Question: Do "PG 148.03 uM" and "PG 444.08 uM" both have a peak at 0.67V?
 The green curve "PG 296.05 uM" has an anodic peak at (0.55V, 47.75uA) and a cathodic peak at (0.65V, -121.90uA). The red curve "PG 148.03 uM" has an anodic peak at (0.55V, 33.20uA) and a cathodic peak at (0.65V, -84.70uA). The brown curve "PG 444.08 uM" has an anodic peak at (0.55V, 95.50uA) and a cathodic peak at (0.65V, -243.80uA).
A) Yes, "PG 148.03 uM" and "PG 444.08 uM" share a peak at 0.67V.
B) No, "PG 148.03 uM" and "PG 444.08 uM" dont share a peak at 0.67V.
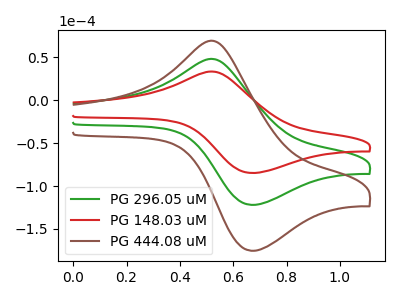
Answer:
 <answer>A) Yes, "PG 148.03 uM" and "PG 444.08 uM" share a peak at 0.67V.</answer>
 <eval>A</eval>